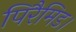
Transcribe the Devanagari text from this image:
पिरैमिड।